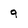
Character: 9